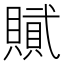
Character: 𮚞